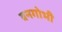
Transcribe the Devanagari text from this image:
बनगोभी